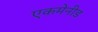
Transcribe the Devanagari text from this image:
एकमेनीड